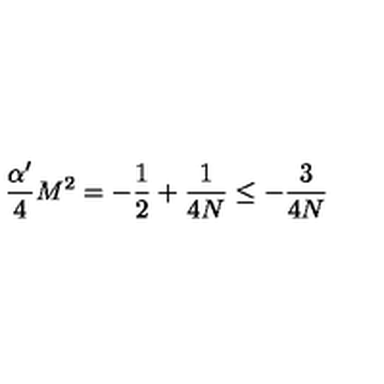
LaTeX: \frac { \alpha ^ { \prime } } 4 M ^ { 2 } = - \frac 1 2 + \frac 1 { 4 N } \le - \frac 3 { 4 N }